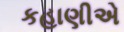
કહાણીએ